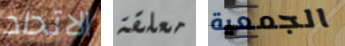
الاتحاد معلقة الجمعية